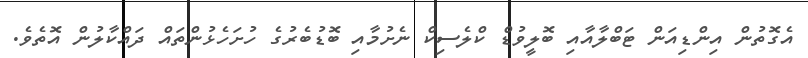
އެގޮތުން އިންޑިއަން ޓަބްލާއާއި ބޮލީވުޑް ކްލެސިކް ނެށުމާއި ބޮޑުބެރުގެ ހުށަހެޅުންތައް ދައްކާލުން އޮތެވެ.